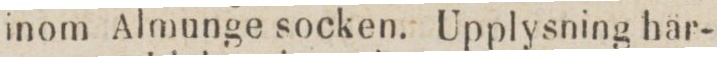
inom Almunge socken. Upplysning här-